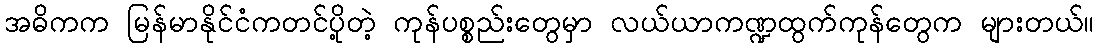
အဓိကက မြန်မာနိုင်ငံကတင်ပို့တဲ့ ကုန်ပစ္စည်းတွေမှာ လယ်ယာကဏ္ဍထွက်ကုန်တွေက များတယ်။